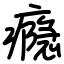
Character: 瘾